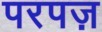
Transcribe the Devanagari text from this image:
परपज़